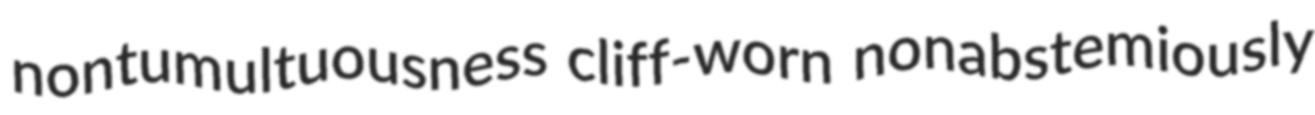
nontumultuousness cliff-worn nonabstemiously